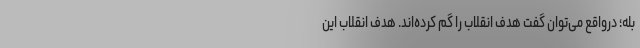
بله؛ درواقع می‌توان گفت هدف انقلاب را گم کرده‌اند. هدف انقلاب این